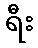
ရီး